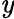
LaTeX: {\tt\mathit{y}}